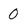
Character: 0